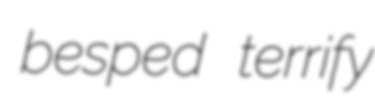
besped terrify